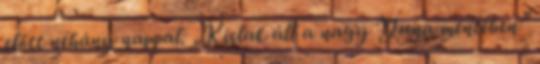
előtt néhány nappal. „Kislak áll a nagy Duna mentében”